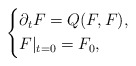
\begin{align*}\left\{\begin{aligned} &\partial_t F=Q(F,F),\\ &F|_{t=0}=F_0,\end{aligned}\right.\end{align*}